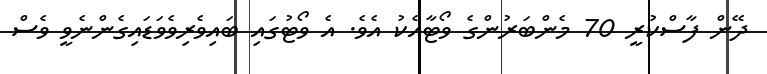
ދޭން ފާސްކުރީ 70 މެންބަރުންގެ ވޯޓާއެކު އެވެ. އެ ވޯޓުގައި ބައިވެރިވެވަޑައިގެންނެވީ ވެސް